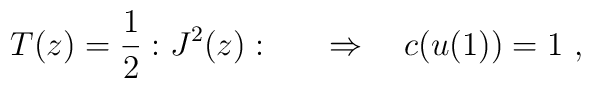
T(z)={1\over 2}:J^2(z): \qquad \Rightarrow \quad c(u(1))=1\ ,